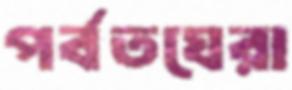
পর্বতঘেরা